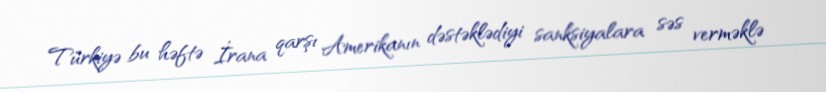
Türkiyə bu həftə İrana qarşı Amerikanın dəstəklədiyi sanksiyalara səs verməklə